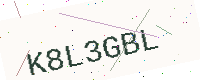
Text: K8L3GBL